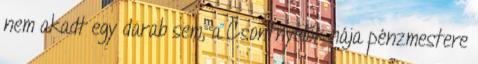
nem akadt egy darab sem, a Csontnyelők hája pénzmestere